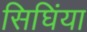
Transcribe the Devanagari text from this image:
सिघिंया